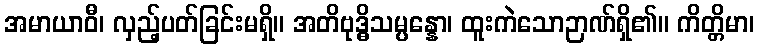
အမာယာဝီ၊ လှည့်ပတ်ခြင်းမရှိ။ အတိဗုဒ္ဓိသမ္ပန္နော၊ ထူးကဲသောဉာဏ်ရှိ၏။ ကိတ္တိမာ၊